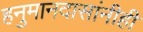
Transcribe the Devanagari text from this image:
हनुमानदासांनीही